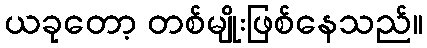
ယခုတော့ တစ်မျိုးဖြစ်နေသည်။